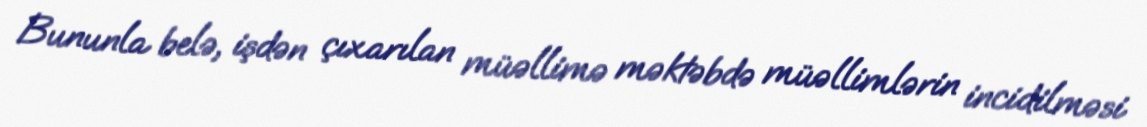
Bununla belə, işdən çıxarılan müəllimə məktəbdə müəllimlərin incidilməsi